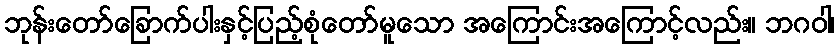
ဘုန်းတော်ခြောက်ပါးနှင့်ပြည့်စုံတော်မူသော အကြောင်းအကြောင့်လည်း။ ဘဂဝါ၊